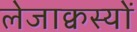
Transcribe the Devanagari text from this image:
लेजाक्वस्यों